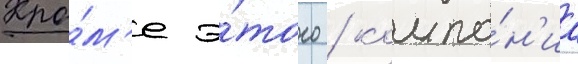
Кро́м'е э́того / компа́н'иа